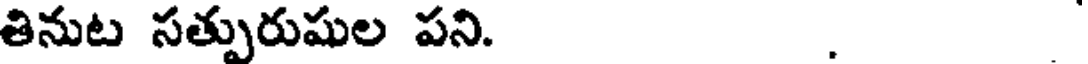
తినుట సత్పురుషుల పని. .